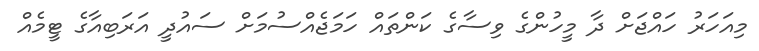
މިއަހަރު ހައްޖަށް ދާ މީހުންގެ ވިސާގެ ކަންތައް ހަމަޖެއްސުމަށް ސައުދީ އަރަބިއާގެ ޓީމެއް